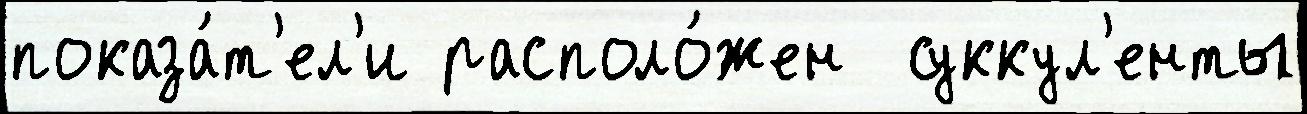
показа́т'ел'и располо́жен  суккул'енты